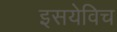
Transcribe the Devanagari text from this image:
इसयेविच